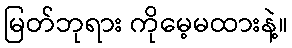
မြတ်ဘုရား ကိုမေ့မထားနဲ့။